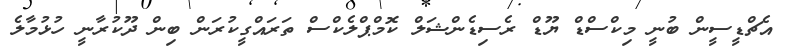
އެޗްޑީސީން ބުނީ މިކްސްޑް ޔޫޑް ރެސިޑެންޝަލް ކޮމްޕްލެކްސް ތަރައްގީކުރަން ބިން ދޫކުރާނީ ހުޅުމާލެ